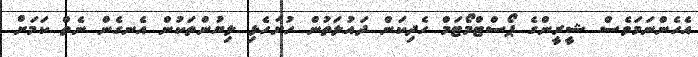
އެހެންނަމަވެސް ޝީރީންގެ ޕޯސްޓްމޯޓަމް ހެދިކަން ދައުލަތުން ހުށަހެޅި ލިޔުންތަކުން އެނގެން ނެތް ކަމަށް